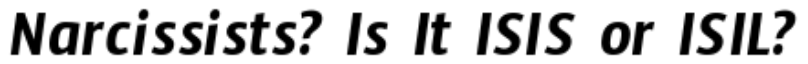
Narcissists? Is It ISIS or ISIL?